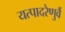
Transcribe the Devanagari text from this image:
यत्पादरेणुर्वै